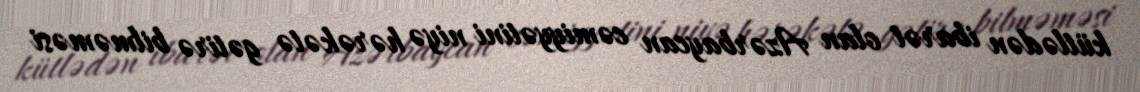
kütlədən ibarət olan Azərbaycan cəmiyyətini niyə hərəkətə gətirə bilməməsi